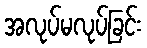
အလုပ်မလုပ်ခြင်း